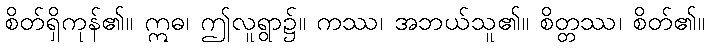
စိတ်ရှိကုန်၏။ ဣဓ၊ ဤလူရွာ၌။ ကဿ၊ အဘယ်သူ၏။ စိတ္တဿ၊ စိတ်၏။